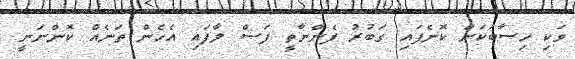
ވަކި ހިސާބަކަށް ކޮނެފައި ގަބުރު ފެންނާތީ ފަސް ލާފައި އެހެން ތަނެއް ކޮންނަނީ